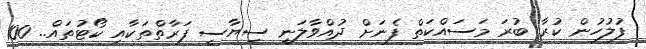
ފުލުހުން ކުރާ ބުރަ މަސައްކަތް ފެނަށް ދުއްވާލަނީ ސިޔާސީ ފަރާތްތަކާއި ކޯޓުތައް.. 100